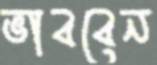
ভাববেন